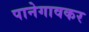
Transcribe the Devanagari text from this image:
पानेगावकर